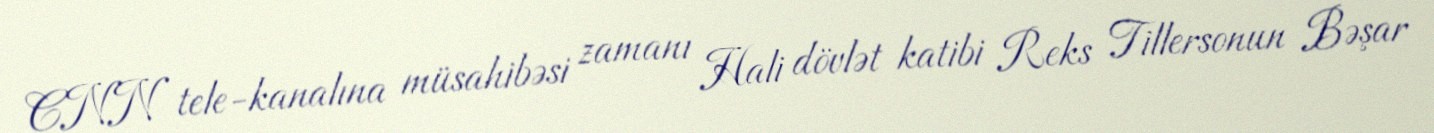
CNN tele-kanalına müsahibəsi zamanı Hali dövlət katibi Reks Tillersonun Bəşar